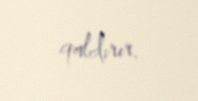
qaldırır.